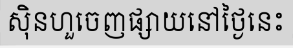
ស៊ិនហួចេញផ្សាយនៅថ្ងៃនេះ